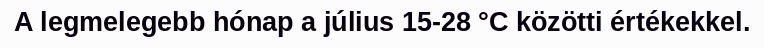
A legmelegebb hónap a július 15-28 °C közötti értékekkel.